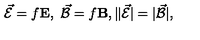
\vec { \cal E } = f { \bf E } , \ \vec { \cal B } = f { \bf B } , \| \vec { \cal E } | = | \vec { \cal B } | ,